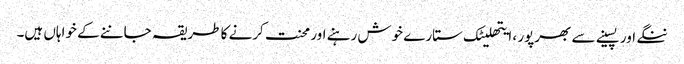
ننگے اور پسینے سے بھرپور ، ایتھلیٹک ستارے خوش رہنے اور محنت کرنے کا طریقہ جاننے کے خواہاں ہیں۔